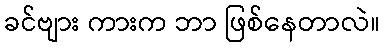
ခင်ဗျား ကားက ဘာ ဖြစ်နေတာလဲ။